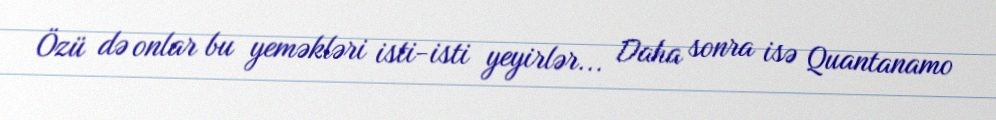
Özü də onlar bu yeməkləri isti-isti yeyirlər... Daha sonra isə Quantanamo